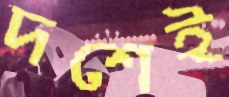
দশেই